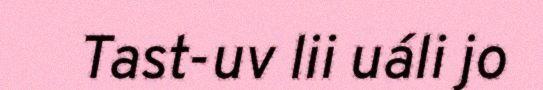
Tast-uv lii uáli jo